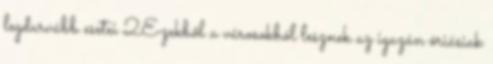
legdurvább esetei 2Ezekből a városokból lesznek az igazán óriásiak